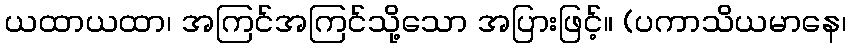
ယထာယထာ၊ အကြင်အကြင်သို့သော အပြားဖြင့်။ (ပကာသိယမာနေ၊